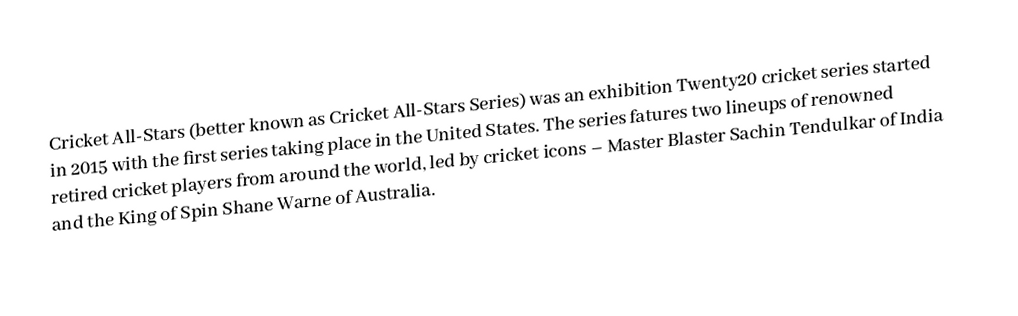
Cricket All-Stars (better known as Cricket All-Stars Series) was an exhibition Twenty20 cricket series started in 2015 with the first series taking place in the United States. The series fatures two lineups of renowned retired cricket players from around the world, led by cricket icons – Master Blaster Sachin Tendulkar of India and the King of Spin Shane Warne of Australia.